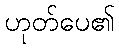
ဟုတ်ပေ၏